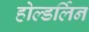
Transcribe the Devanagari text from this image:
होल्डर्लिन